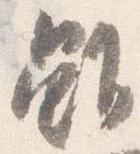
雖